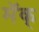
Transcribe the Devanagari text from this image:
मॅक्